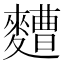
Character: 𮮁